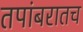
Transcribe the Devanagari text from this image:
तपांबरातच